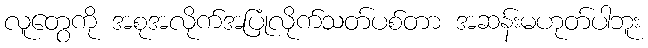
လူတွေကို အစုအလိုက်အပြုံလိုက်သတ်ပစ်တာ အဆန်းမဟုတ်ပါဘူး